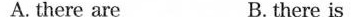
A. there are B.there is